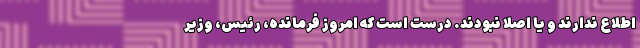
اطلاع ندارند و یا اصلا نبودند. درست است که امروز فرمانده، رئیس، وزیر